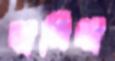
হাসিথা